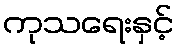
ကုသရေးနှင့်